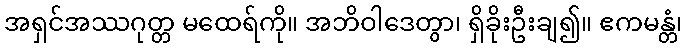
အရှင်အဿဂုတ္တ မထေရ်ကို။ အဘိဝါဒေတွာ၊ ရှိခိုးဦးချ၍။ ဧကမန္တံ၊